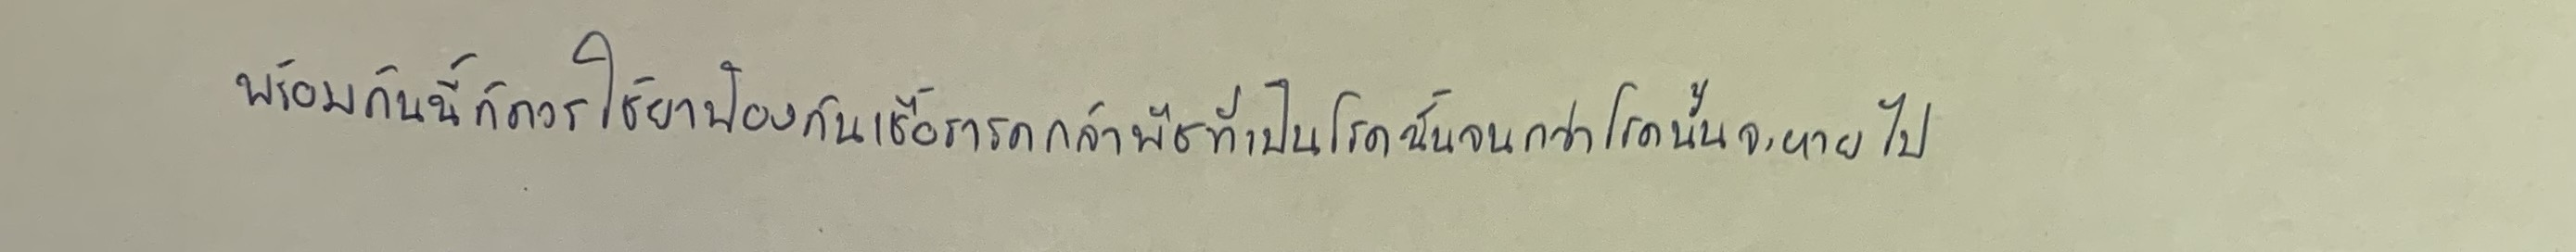
พร้อมกันนี้ก็ควรใช้ยาป้องกันเชื้อรารดกล้าพืชที่เป็นโรคนั้นจนกว่าโรคนั้นจะหายไป